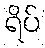
ရိပ်